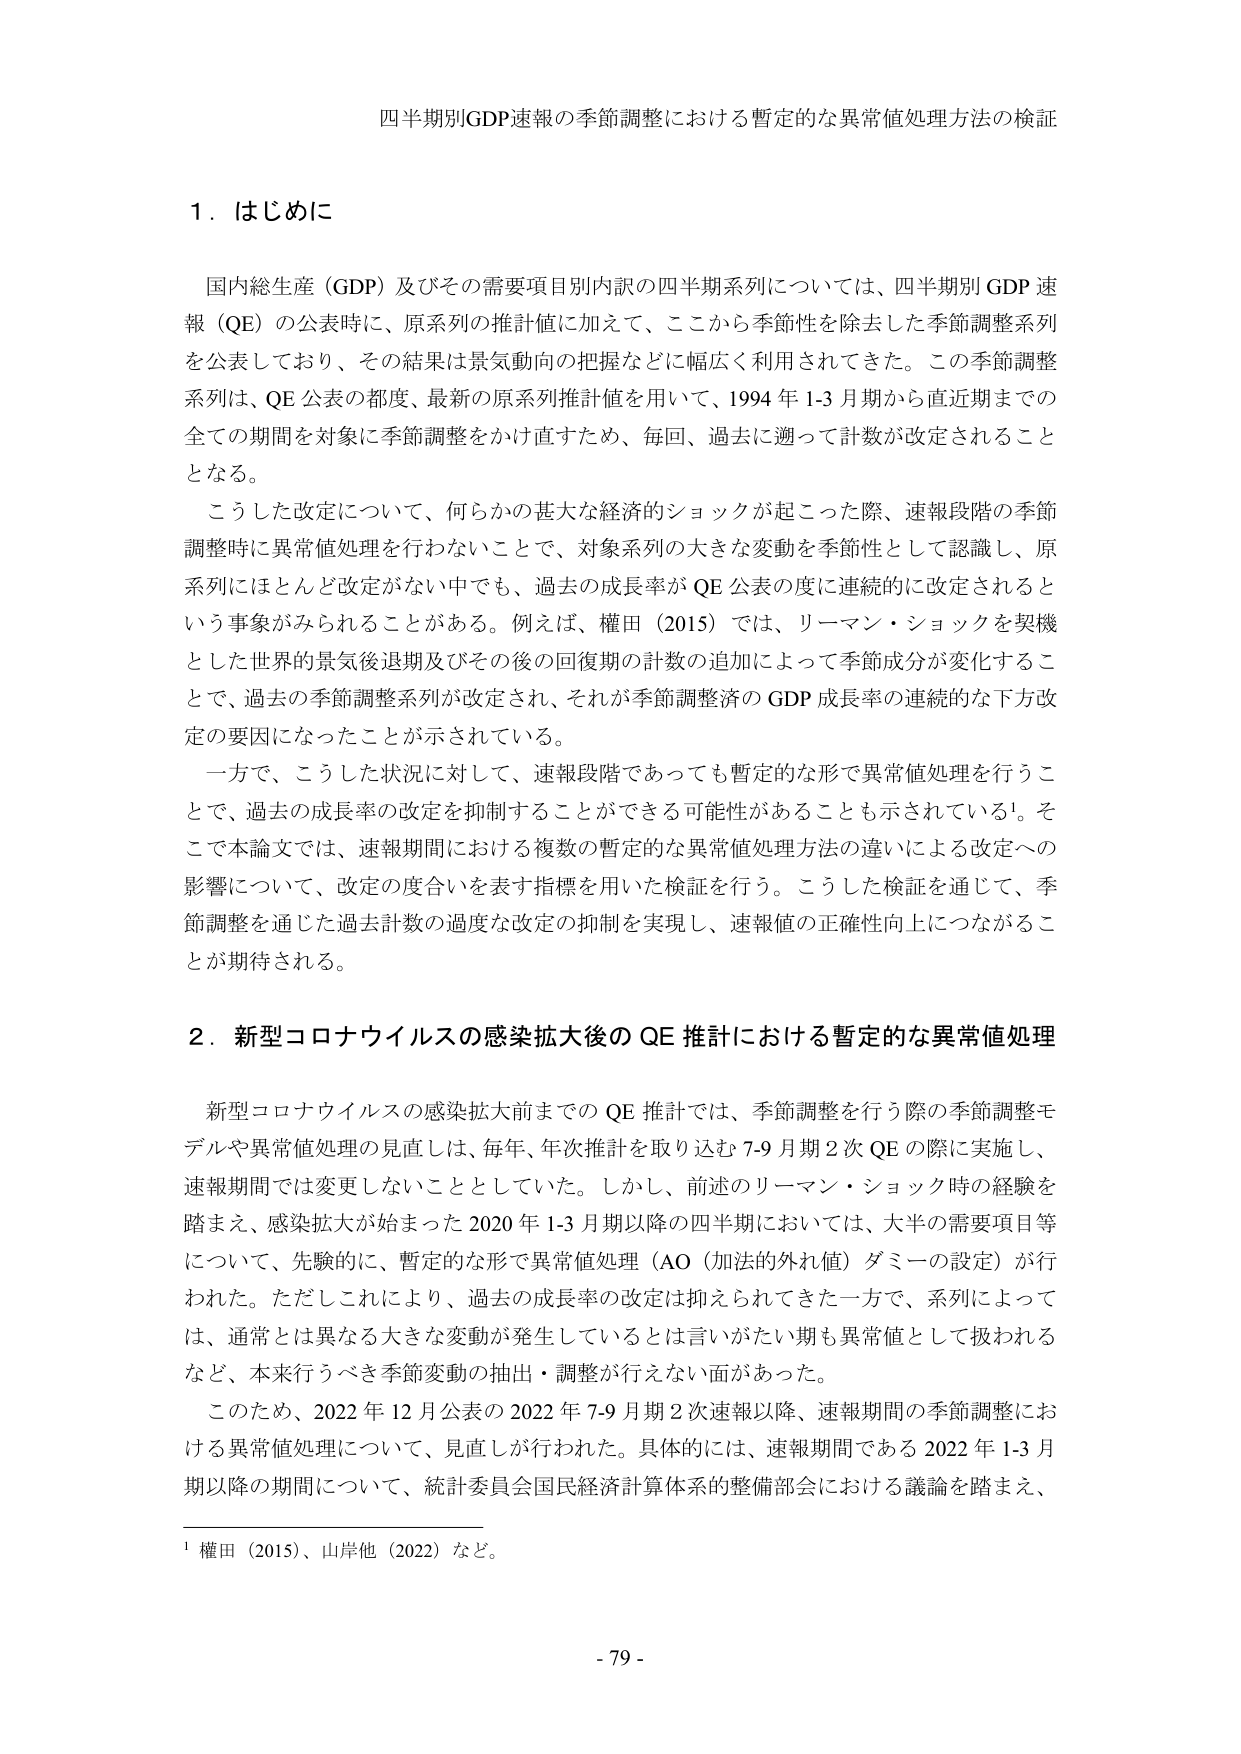
四半期別GDP速報の季節調整における暫定的な異常値処理方法の検証

１．はじめに

国内総生産（GDP）及びその需要項目別内訳の四半期系列については、四半期別 GDP 速報（QE）の公表時に、原系列の推計値に加えて、ここから季節性を除去した季節調整系列を公表しており、その結果は景気動向の把握などに幅広く利用されてきた。この季節調整系列は、QE 公表の都度、最新の原系列推計値を用いて、1994 年 1-3 月期から直近期までの全ての期間を対象に季節調整をかけ直すため、毎回、過去に遡って計数が改定されることとなる。

こうした改定について、何らかの甚大な経済的ショックが起こった際、速報段階の季節調整時に異常値処理を行わないことで、対象系列の大きな変動を季節性として認識し、原系列にはほとんど改定がない中でも、過去の成長率が QE 公表の度に連続的に改定されるという事象がみられることがある。例えば、権田（2015）では、リーマン・ショックを契機とした世界的景気後退期及びその後の回復期の計数の追加によって季節成分が変化することで、過去の季節調整系列が改定され、それが季節調整済の GDP 成長率の連続的な下方改定の要因になったことが示されている。

一方で、こうした状況に対して、速報段階であっても暫定的な形で異常値処理を行うことで、過去の成長率の改定を抑制することができる可能性があることも示されている¹。そこで本論文では、速報期間における複数の暫定的な異常値処理方法の違いによる改定への影響について、改定の度合いを表す指標を用いた検証を行う。こうした検証を通じて、季節調整を通じた過去計数の過度な改定の抑制を実現し、速報値の正確性向上につながることが期待される。

２．新型コロナウイルスの感染拡大後の QE 推計における暫定的な異常値処理

新型コロナウイルスの感染拡大前までの QE 推計では、季節調整を行う際の季節調整モデルや異常値処理の見直しは、毎年、年次推計を取り込む 7-9 月期 2 次 QE の際に実施し、速報期間では変更しないこととしていた。しかし、前述のリーマン・ショック時の経験を踏まえ、感染拡大が始まった 2020 年 1-3 月期以降の四半期においては、大半の需要項目等について、先験的に、暫定的な形で異常値処理（AO（加法的外れ値）ダミーの設定）が行われた。ただしこれにより、過去の成長率の改定は抑えられてきた一方で、系列によっては、通常とは異なる大きな変動が発生しているとは言いがたい期も異常値として扱われるなど、本来行うべき季節変動の抽出・調整が行えない面があった。

このため、2022 年 12 月公表の 2022 年 7-9 月期 2 次速報以降、速報期間の季節調整における異常値処理について、見直しが行われた。具体的には、速報期間である 2022 年 1-3 月期以降の期間について、統計委員会国民経済計算体系的整備部会における議論を踏まえ、

¹ 権田（2015）、山岸他（2022）など。

- 79 -